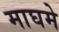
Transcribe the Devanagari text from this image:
माघमे